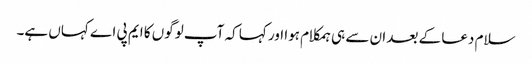
سلام دعا کے بعد ان سے ہی ہمکلام ہوا اور کہا کہ آپ لوگوں کا ایم پی اے کہاں ہے۔